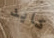
كايد